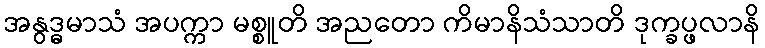
အနွဒ္ဓမာသံ အပက္ကာ မစ္စူတိ အညတော ကိမာနိသံသာတိ ဒုက္ခပ္ဖလာနိ